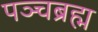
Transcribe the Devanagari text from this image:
पञ्चब्रह्म